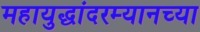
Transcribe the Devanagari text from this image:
महायुद्धांदरम्यानच्या